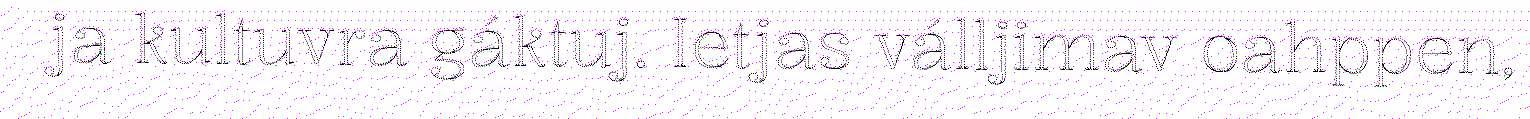
ja kultuvra gáktuj. Ietjas válljimav oahppen,